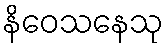
နိဝေသနေသု